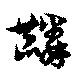
麟